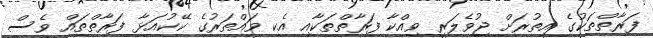
ފަރާތްތަކުގެ އިތުރަށް ޖުވެލަރީ ވިއްކާ ފަރާތްތަކާއި އެކި ވައްތަރުގެ ކޭކުއަޅާ ފަރާތްތައް ވެސް